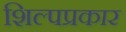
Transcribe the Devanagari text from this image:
शिल्पप्रकार